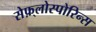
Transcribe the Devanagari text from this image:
सेफ़्लोस्पोरिन्स